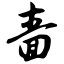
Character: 啬